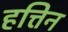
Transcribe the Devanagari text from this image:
हत्तिन